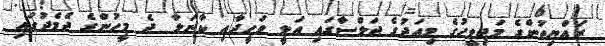
ރައްޔިތުންގެ މަޖިލީހުގެ މިއަދުގެ ޖަލްސާގައި އަލީ ވަހީދާއި ކާނަލާ ދެ މީހުންގެ ދެމެދުގައި